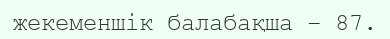
жекеменшік балабақша – 87.